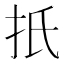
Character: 扺